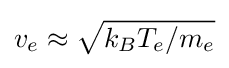
v_{e}\approx {\sqrt {k_{B}T_{e}/m_{e}}}